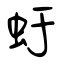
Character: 虶